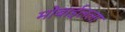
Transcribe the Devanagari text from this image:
मोबाईलला